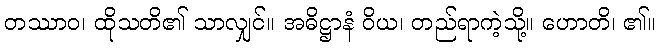
တဿာဝ၊ ထိုသတိ၏ သာလျှင်။ အဓိဋ္ဌာနံ ဝိယ၊ တည်ရာကဲ့သို့။ ဟောတိ၊ ၏။